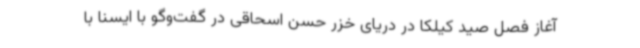
آغاز فصل صید کیلکا در دریای خزر حسن اسحاقی در گفت‌وگو با ایسنا با